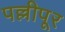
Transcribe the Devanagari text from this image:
पल्लीपूर